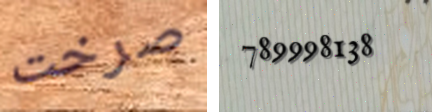
صرخت 789998138